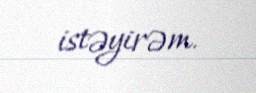
istəyirəm.